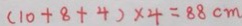
( 1 0 + 8 + 4 ) \times 4 = 8 8 c m